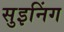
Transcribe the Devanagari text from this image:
सुइनिंग